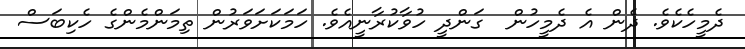
ދެމީހެކެވެ. ދެން އެ ދެމީހުން  ގަންދީ ހުވާކުރާނީއެވެ. ހަމަކަށަވަރުން ތިމަންމެންގެ ހެކިބަސް